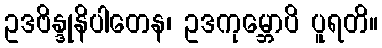
ဥဒဗိန္ဒုနိပါတေန၊ ဥဒကုမ္ဘောပိ ပူရတိ။